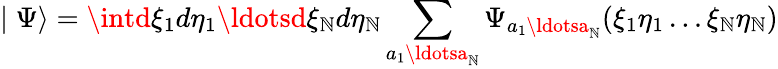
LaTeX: \mid\Psi\rangle=\intd\xi_{1}d\eta_{1}\ldotsd\xi_{\mathbb{N}}d\eta_{\mathbb{N}}\sum_{a_{1}\ldotsa_{\mathbb{N}}}\Psi_{a_{1}\ldotsa_{\mathbb{N}}}(\xi_{1}\eta_{1}\ldots\xi_{\mathbb{N}}\eta_{\mathbb{N}})